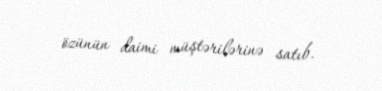
özünün daimi müştərilərinə satıb.